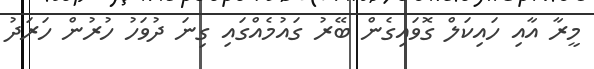
މީރާ އާއި ހައިކަލް ގޮވައިގެން ބޭރު ގައުމެއްގައި ގިނަ ދުވަހު ހުރުން ހަރަދު